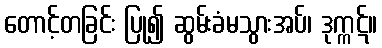
တောင့်တခြင်း ပြု၍ ဆွမ်းခံမသွားအပ်၊ ဒုက္ကဋ်။